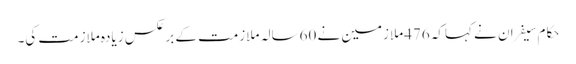
حکام سیفران نے کہاکہ 476ملازمین نے 60سالہ ملازمت کے برعکس زیادہ ملازمت کی۔